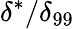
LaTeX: \delta^{*}/\delta_{99}